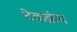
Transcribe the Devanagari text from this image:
टेकक्रंच